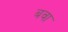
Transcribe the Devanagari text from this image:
बवा